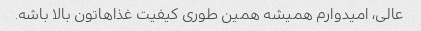
عالی، امیدوارم همیشه همین طوری کیفیت غذاهاتون بالا باشه.